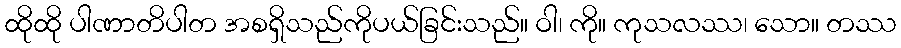
ထိုထို ပါဏာတိပါတ အစရှိသည်ကိုပယ်ခြင်းသည်။ ဝါ၊ ကို။ ကုသလဿ၊ သော။ တဿ